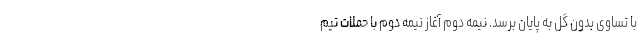
با تساوی بدون گل به پایان برسد. نیمه دوم آغاز نیمه دوم با حملات تیم